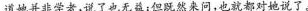
道她并非学者，说了也无益；但既然来问，也就都对她说了。